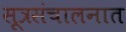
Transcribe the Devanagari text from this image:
सूत्रसंचालनात